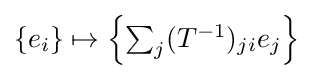
{\textstyle \{e_{i}\}\mapsto \left\{\sum _{j}(T^{-1})_{ji}e_{j}\right\}}